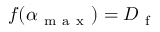
f ( \alpha _ { \mathrm { ~ m ~ a ~ x ~ } } ) = D _ { \mathrm { ~ f ~ } }